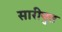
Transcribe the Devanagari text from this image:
सारीपुत्त